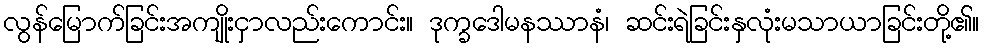
လွန်မြောက်ခြင်းအကျိုးငှာလည်းကောင်း။ ဒုက္ခဒေါမနဿာနံ၊ ဆင်းရဲခြင်းနှလုံးမသာယာခြင်းတို့၏။